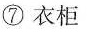
⑦衣柜